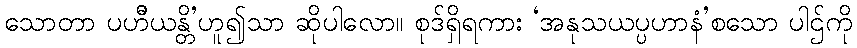
သောတာ ပဟီိယန္တိ’ဟူ၍သာ ဆိုပါလော။ စုဒ်ရှိရကား ‘အနုသယပ္ပဟာနံ’စသော ပါဌ်ကို